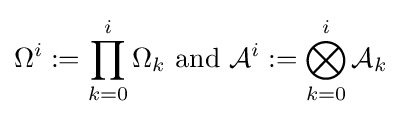
\Omega ^{i}:=\prod _{k=0}^{i}\Omega _{k}{\text{ and }}{\mathcal {A}}^{i}:=\bigotimes _{k=0}^{i}{\mathcal {A}}_{k}